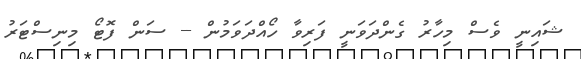
ޝައިނީ ވެސް މިހާރު ގެންދަވަނީ ފަރިވާ ހޯއްދަވަމުން -- ސަން ފޮޓޯ މިނިސްޓަރު